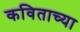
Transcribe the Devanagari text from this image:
कविताच्या